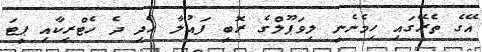
އޭގެ ތެރޭގައި ހިމެނެނީ ލިވަޕޫލްގެ ރޮބީ ފައުލާ ހެދި ދެ ހެޓްރިކާއި ޕީޓަ